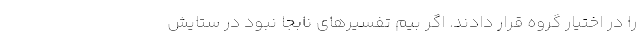
را در اختیار گروه قرار دادند. اگر بیم تفسیر‌های نابجا نبود در ستایش